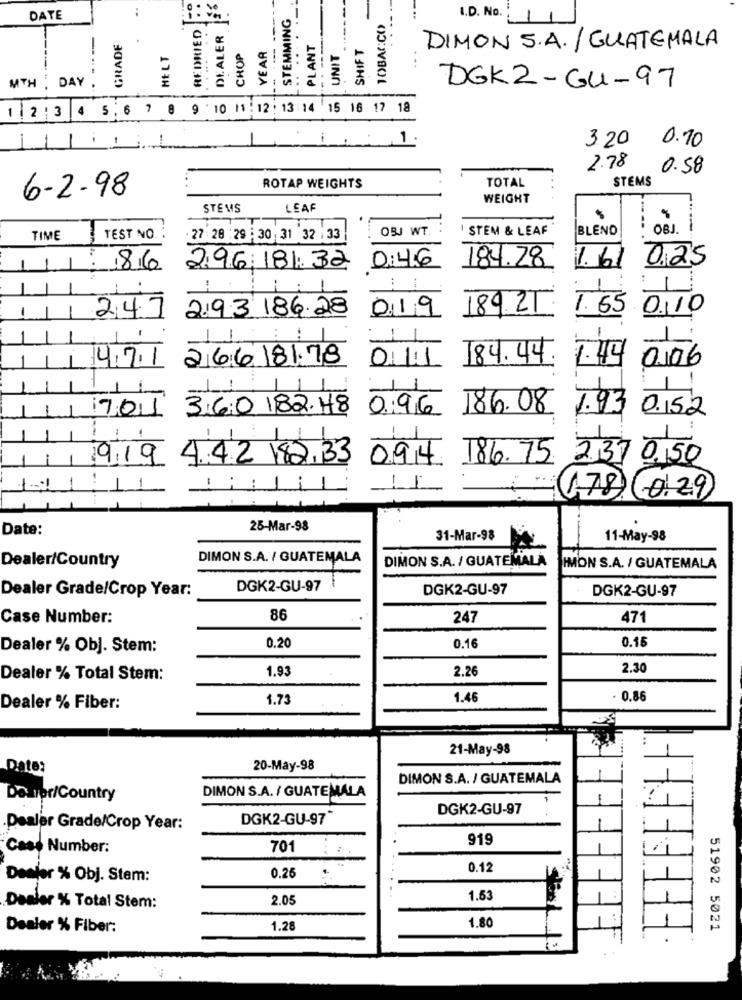
..
STEMMING
DATE
--
TOBACCO
I.D. No.
-
REDRIED
DEALER
GRADE
PLANT
SHIFT
HELT
CHOP
YEAR
UNIT
DIMON S.A. / GUATEMALA
8
MTH .
DAY .
DGK2 - GUI-97
1 2 3 4 5 . 6 7 8 9 10 11:12: 13 :14 15 16 17 18
3.20 0.70
2.78
0.58
TOTAL
STEMS
ROTAP WEIGHTS
6-2-98
WEIGHT
STEMS
LEAF
OBJ WT.
I STEM & LEAF
BLEND
OBJ.
TIME
TEST NO.
27:20 :29 :30 31 32 :33
0:46
184.28
1.61
0,25
86
296.181.32
..
1
219.3 186.28
019
189.25
1.65
0,10
247
4.7.1
266181.78
01/1
184.44
7.44
0,06
1
701
360 182.48
096
186.08
1.93 0.152
919 442 182.33
094 186.75
2,37 0,50
1
178 10:29
Date:
25-Mar-98
31-Mar-98
11-May-98
DIMON S.A. / GUATEMALA
DIMON S.A. / GUATEMALA
Dealer/Country
IMON S.A. / GUATEMALA
Dealer Grade/Crop Year:
DGK2-GU-97
DGK2-GU-97
DGK2-GU-97
Case Number:
86
247
471
0.15
Dealer % Obj. Stem:
0.20
0.16
1.93
2.26
2.30
Dealer % Total Stem:
1.73
1.46
0.86
Dealer % Fiber:
21-May-98
Date:
20-May-98
DIMON S.A. / GUATEMALA
DIMON S.A. / GUATEMALA
Deurpr/Country
DGK2-GU-97
DGK2-GU-97
Dealer Grade/Crop Year:
919
FEFE
Case Number:
701
0.26
0.12
Dealer % Obj. Stem:
2.05
1.53
Dealer % Total Stem:
1.80
Dealer % Fiber:
1.28
51902 5021